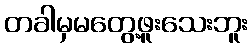
တခါမှမတွေ့ဖူးသေးဘူး